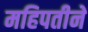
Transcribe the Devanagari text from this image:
महिपतीनें